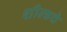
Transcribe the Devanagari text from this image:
शील्डचे